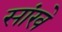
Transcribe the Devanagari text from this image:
सांखे